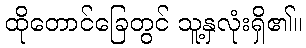
ထိုတောင်ခြေတွင် သူ့နှလုံးရှိ၏။